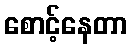
စောင့်နေတာ